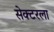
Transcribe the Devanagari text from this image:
सेक्‍टरला